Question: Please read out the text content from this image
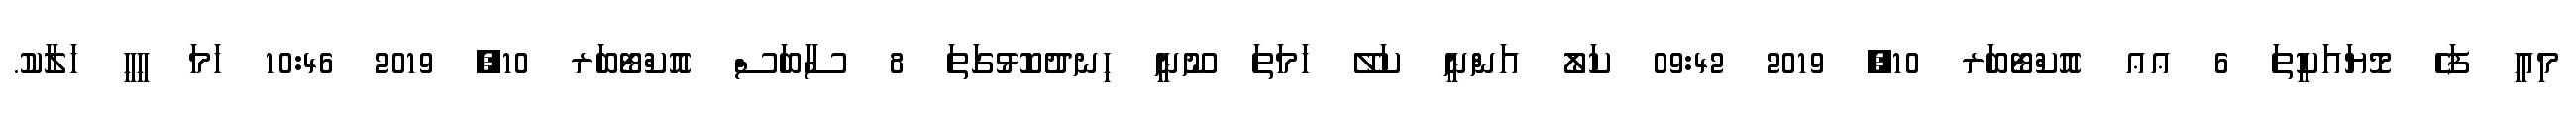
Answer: މިއީ ފަހެ މޮޔައަކީތަ 6 ޢޢ އޮކްޓޯބަރ 10, 2019 09:42 ކަލޯ އަންނީ ކަލޭ ހަމަތަ ނޫނީ ހިނދުކޮޅުގަތަ 8 ސާބަސް އޮކްޓޯބަރ 10, 2019 10:46 ހަމަ ހީހީ ހަލާކު.